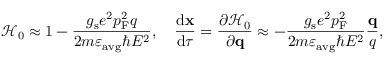
\mathcal { H } _ { 0 } \approx 1 - \frac { g _ { \mathrm { s } } e ^ { 2 } p _ { \mathrm { F } } ^ { 2 } q } { 2 m \varepsilon _ { \mathrm { a v g } } \hbar E ^ { 2 } } , \quad \frac { \mathrm { d } \mathbf { x } } { \mathrm { d } \tau } = \frac { \partial \mathcal { H } _ { 0 } } { \partial \mathbf { q } } \approx - \frac { g _ { \mathrm { s } } e ^ { 2 } p _ { \mathrm { F } } ^ { 2 } } { 2 m \varepsilon _ { \mathrm { a v g } } \hbar E ^ { 2 } } \frac { \mathbf { q } } { q } ,